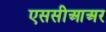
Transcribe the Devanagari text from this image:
एससीआअर